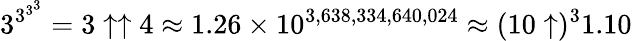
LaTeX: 3^{3^{3^{3}}}=3\uparrow\uparrow 4\approx 1.26\times 10^{3,638,334,640,024}\approx(10\uparrow)^{3}1.10